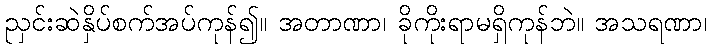
ညှင်းဆဲနှိပ်စက်အပ်ကုန်၍။ အတာဏာ၊ ခိုကိုးရာမရှိကုန်ဘဲ။ အသရဏာ၊